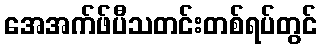
အေအက်ဖ်ပီသတင်းတစ်ရပ်တွင်